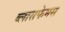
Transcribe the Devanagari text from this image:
ब्लासफेमस